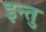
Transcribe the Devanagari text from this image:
इन्तु